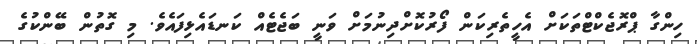
ހިންގާ ޕްރޮޖެކްޓްތަކަށް އެހީތެރިކަން ފޯރުކޮށްދިނުމަށް ވަނީ ބަޖެޓެއް ކަނޑައެޅިފައެވެ. މި ގޮތުން ބޭންކުގެ